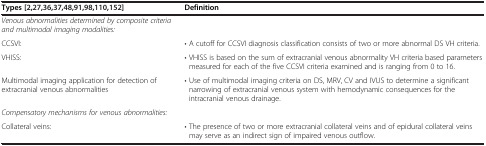
<table><thead><tr><td><b>Types [2,27,36,37,48,91,98,110,152]</b></td><td><b>Definition</b></td></tr></thead><tbody><tr><td><i>Venous abnormalities determined by composite criteria and multimodal imaging modalities:</i></td><td> </td></tr><tr><td>CCSVI:</td><td>• A cutoff for CCSVI diagnosis classification consists of two or more abnormal DS VH criteria.</td></tr><tr><td>VHISS:</td><td>• VHISS is based on the sum of extracranial venous abnormality VH criteria based parameters measured for each of the five CCSVI criteria examined and is ranging from 0 to 16.</td></tr><tr><td>Multimodal imaging application for detection of extracranial venous abnormalities</td><td>• Use of multimodal imaging criteria on DS, MRV, CV and IVUS to determine a significant narrowing of extracranial venous system with hemodynamic consequences for the intracranial venous drainage.</td></tr><tr><td><i>Compensatory mechanisms for venous abnormalities:</i></td><td> </td></tr><tr><td>Collateral veins:</td><td>• The presence of two or more extracranial collateral veins and of epidural collateral veins may serve as an indirect sign of impaired venous outflow.</td></tr></tbody></table>